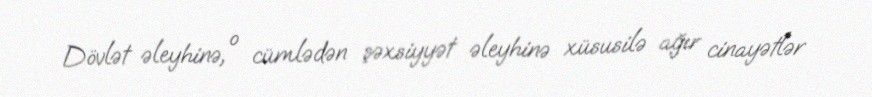
Dövlət əleyhinə, o cümlədən şəxsiyyət əleyhinə xüsusilə ağır cinayətlər